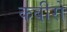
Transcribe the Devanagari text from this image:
कबीरो